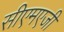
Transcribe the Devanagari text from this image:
सीएमएजी